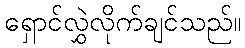
ရှောင်လွှဲလိုက်ချင်သည်။